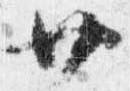
廿